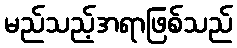
မည်သည့်အရာဖြစ်သည်